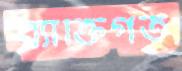
ব্যাক্তিগত